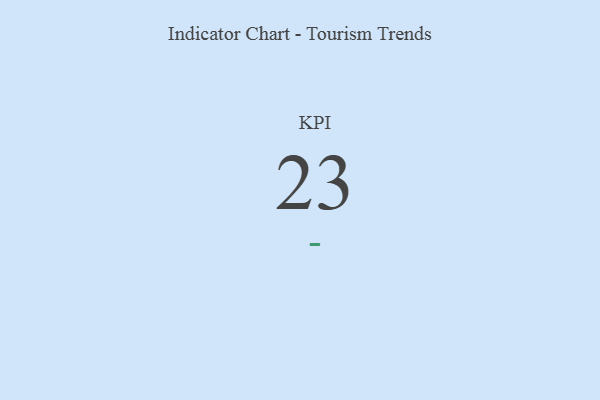
{"axis": {"x": "KPI", "y": "Value"}, "legend": [""], "data": [{"x": "KPI", "y": 23, "type": ""}]}